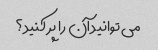
می توانید آن را پر کنید؟